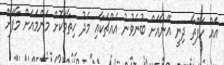
އެއް ހަފްތާ ދިނީ އޭނާއަށް ބުނެވުނު އެއްޗަކާއި މެދު ހިތާމަކޮށް މަންމައަށް މާފަށް